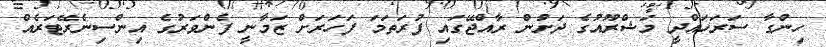
ހިންގާ ސަރަހައްދީ މަޝްރޫއުގެ ދަށުން ރާއްޖޭގައި ފުރަތަމަ ފަހަރަށް ޒަމާނީ ފެންވަރުގެ އިންސިނެރޭޓަރެއް